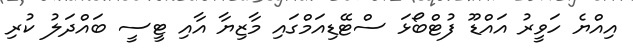
އިއްޔެ ހަވީރު އައްޑޫ ފުޓްބޯޅަ ސްޓޭޑިއަމްގައި މާޒިޔާ އާއި ޓީސީ ބައްދަލު ކުރި